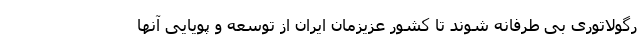
رگولاتوری بی طرفانه شوند تا کشور عزیزمان ایران از توسعه و پویایی آنها